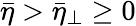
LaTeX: \bar{\eta}>\bar{\eta}_{\perp}\ge 0